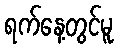
ရက်နေ့တွင်မူ